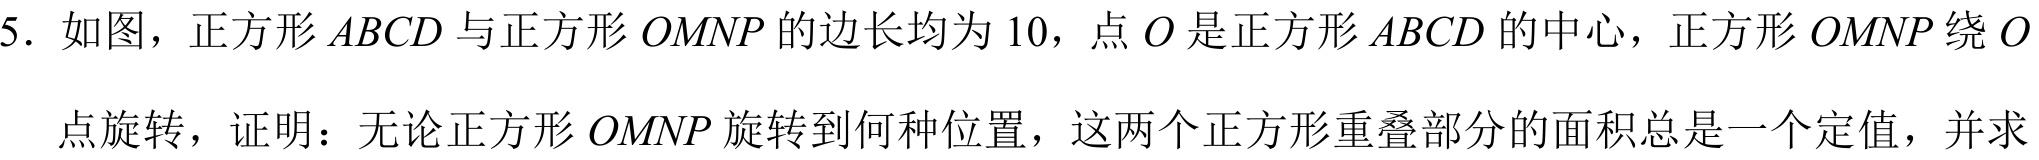
5. 如图，正方形$ABCD$与正方形$OMNP$的边长均为10，点$O$是正方形$ABCD$的中心，正方形$OMNP$绕$O$
点旋转，证明：无论正方形$OMNP$旋转到何种位置，这两个正方形重叠部分的面积总是一个定值，并求